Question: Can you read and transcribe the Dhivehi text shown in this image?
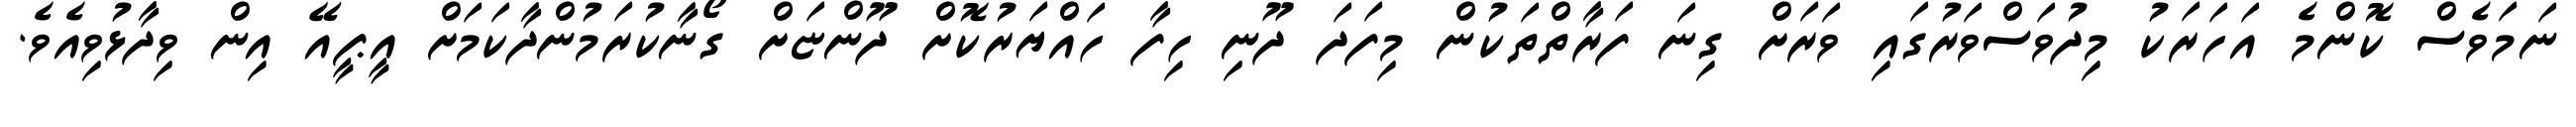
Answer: ނަމަވެސް ކޮންމެ އަހަރަކު މިދުވަސްވަރުގައި ވަރަށް ގިނަ ފަރާތްތަކުން މިފަދަ ދޫނި ހިފާ ހައްޔަރުކޮށް ދޫންޏަށް ގޯނާކުރަމުންދާކަމަށް އީޕީއޭ އިން ވިދާޅުވިއެވެ.